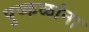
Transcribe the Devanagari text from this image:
पुष्‍कळांना